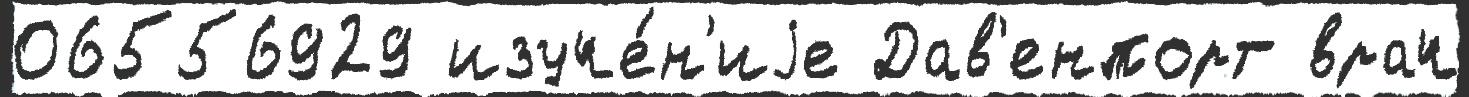
06556929 изуче́н'иjе Дав'енпорт врач